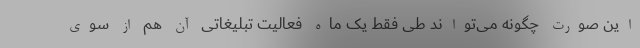
این صورت چگونه می‌تواند طی فقط یک ماه فعالیت تبلیغاتی آن هم از سوی